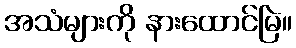
အသံများကို နားထောင်မြဲ။